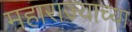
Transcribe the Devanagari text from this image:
महाराज्याच्या